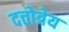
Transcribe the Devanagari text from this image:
दत्तोत्रेय